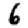
Digit: 6